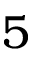
5